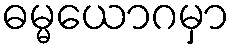
ဓမ္မယောဂမှာ